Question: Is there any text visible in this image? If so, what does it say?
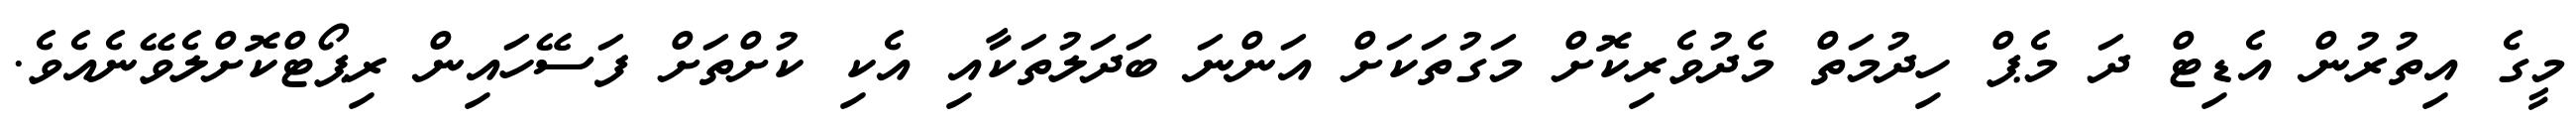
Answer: މީގެ އިތުރުން އެޑިޓް ދަ މެޕް ހިދުމަތް މެދުވެރިކޮށް މަގުތަކަށް އަންނަ ބަދަލުތަކާއި އެކި ކުށްތަށް ފަސޭހައިން ރިޕޯޓްކޮށްލެވޭނެއެވެ.